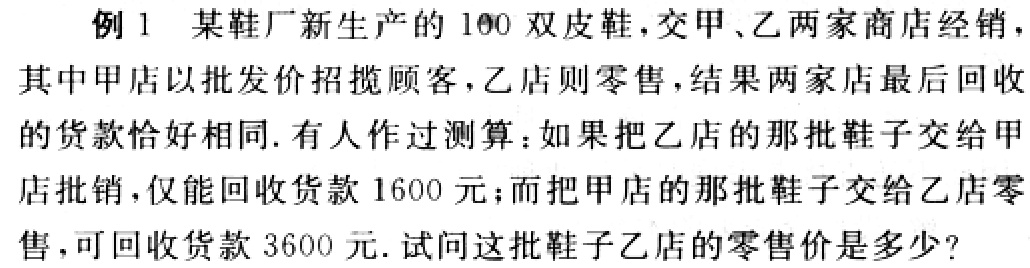
例 1 某鞋厂新生产的 100 双皮鞋，交甲、乙两家商店经销，其中甲店以批发价招揽顾客，乙店则零售，结果两家店最后回收的货款恰好相同. 有人作过测算：如果把乙店的那批鞋子交给甲店批销，仅能回收货款 1600 元；而把甲店的那批鞋子交给乙店零售，可回收货款 3600 元. 试问这批鞋子乙店的零售价是多少？